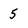
Character: 5